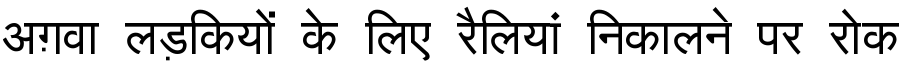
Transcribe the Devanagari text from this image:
अग़वा लड़कियों के लिए रैलियां निकालने पर रोक